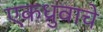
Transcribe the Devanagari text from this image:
एकध्रुवाचे